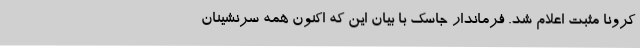
کرونا مثبت اعلام شد. فرماندار جاسک با بیان این که اکنون همه سرنشینان